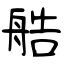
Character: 艁